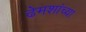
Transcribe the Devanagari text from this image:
ढेमशांच्या